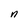
Character: n